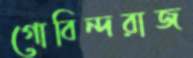
গোবিন্দরাজ